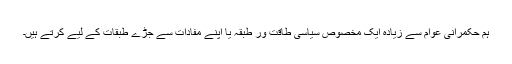
ہم حکمرانی عوام سے زیادہ ایک مخصوص سیاسی طاقت ور طبقہ یا اپنے مفادات سے جڑے طبقات کے لیے کرتے ہیں۔